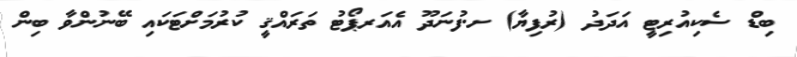
ބިޑް ސެކިއުރިޓީ އަދަދު (ރުފިޔާ) ށ.ފުނަދޫ އެއަރޕޯޓު ތަރައްޤީ ކުރުމަށްޓަކައި ބޭނުންވާ ބިން